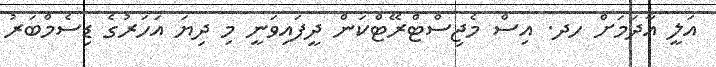
އަލީ އާދަމަށް ހދ. އިސް މެޖިސްޓްރޭޓްކަން ދީފައިވަނީ މި ދިޔަ އަހަރުގެ ޑިސެމްބަރު